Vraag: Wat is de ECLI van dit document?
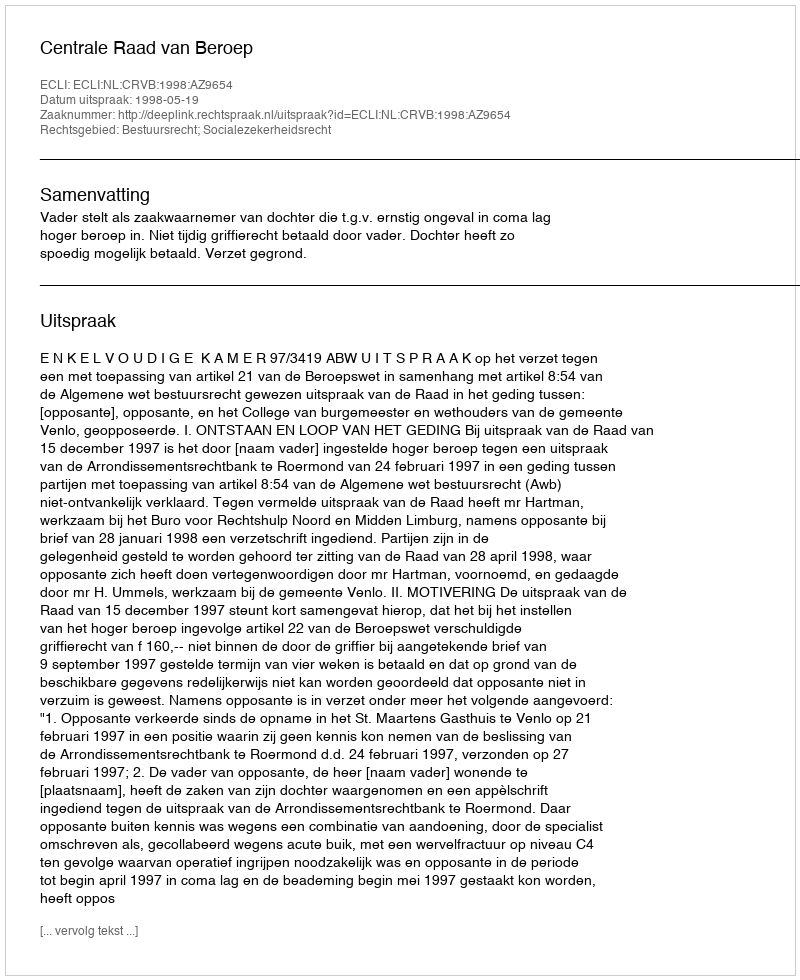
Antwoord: ECLI:NL:CRVB:1998:AZ9654